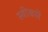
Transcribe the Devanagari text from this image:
स्वीकारें